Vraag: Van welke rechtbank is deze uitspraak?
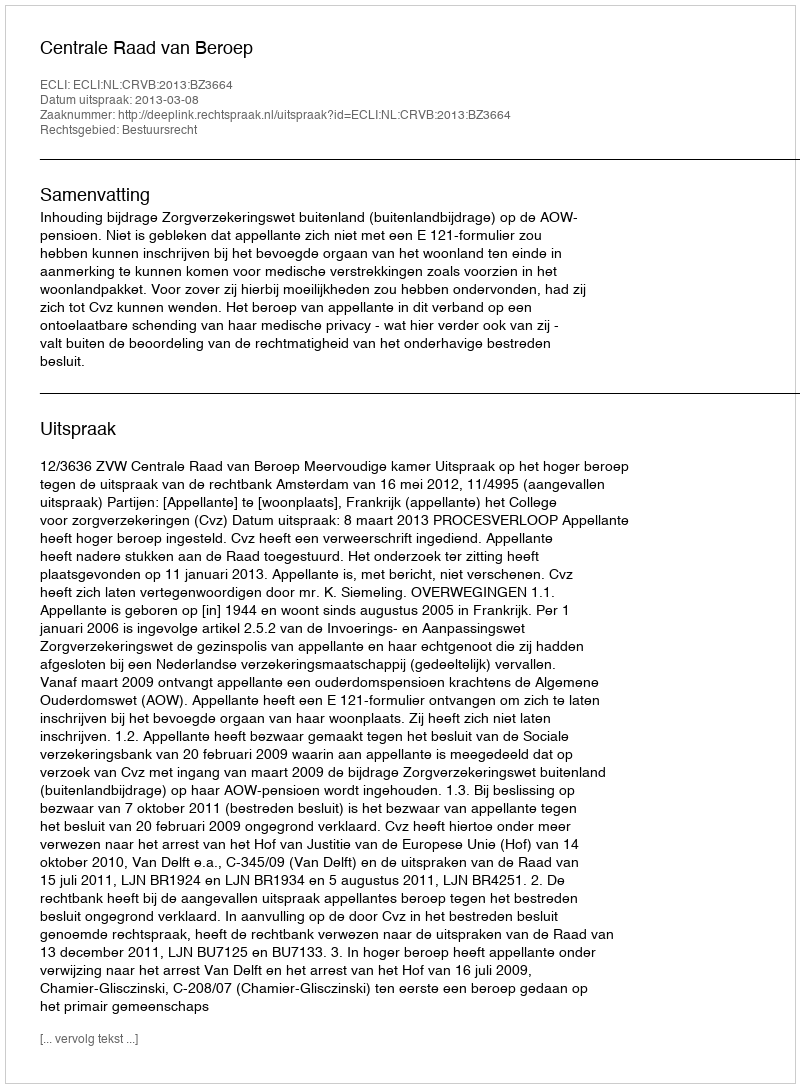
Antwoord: Centrale Raad van Beroep